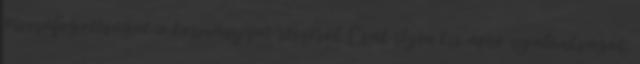
visszafogottságot a kormányzat részéről. Csak ilyen kis apró nyalánkságok: